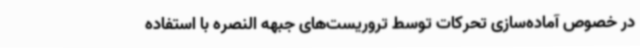
در خصوص آماده‌سازی تحرکات توسط تروریست‌های جبهه النصره با استفاده